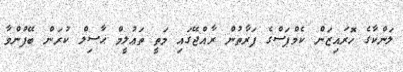
ލަންކާގެ ހޮރައިޒަން ކެމްޕަސްގެ ފަރާތުން ރާއްޖޭގައި މަތީ ތަޢުލީމް ޙާސިލް ކުރަން ބޭފުންވާ